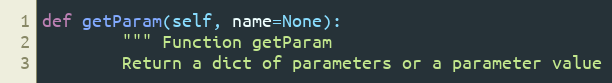
Language: Python
def getParam(self, name=None):
        """ Function getParam
        Return a dict of parameters or a parameter value